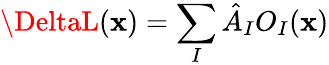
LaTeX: \DeltaL(\mathbf{x})=\sum_{I}\hat{{A}}_{I}O_{I}(\mathbf{x})